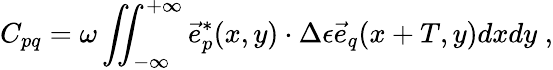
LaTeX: C_{pq}=\omega\iint_{-\infty}^{+\infty}\vec{e}_{p}^{*}(x,y)\cdot\Delta\epsilon\vec{e}_{q}(x+T,y)dxdy\; ,